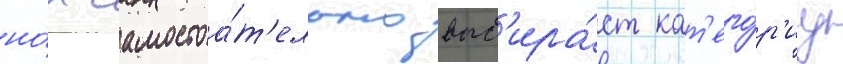
но́к самостоа́т'ельно выб'ира́ет кат'его́р'иу